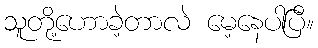
သူတို့ဟောခဲ့တာလဲ မေ့နေပါပြီ။